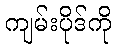
ကျမ်းပိုဒ်ကို